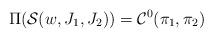
LaTeX: \begin{align*}\Pi(\mathcal{S}(w,J_1,J_2)) = \mathcal{C}^0(\pi_1,\pi_2)\end{align*}